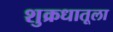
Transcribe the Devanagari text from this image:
शुक्रधातूला